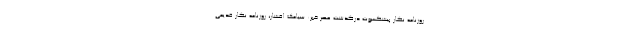
روزنامه‌ نگار پیشکسوت درگذشت عصر خبر: سیامک افشار، روزنامه‌ نگار قدیمی